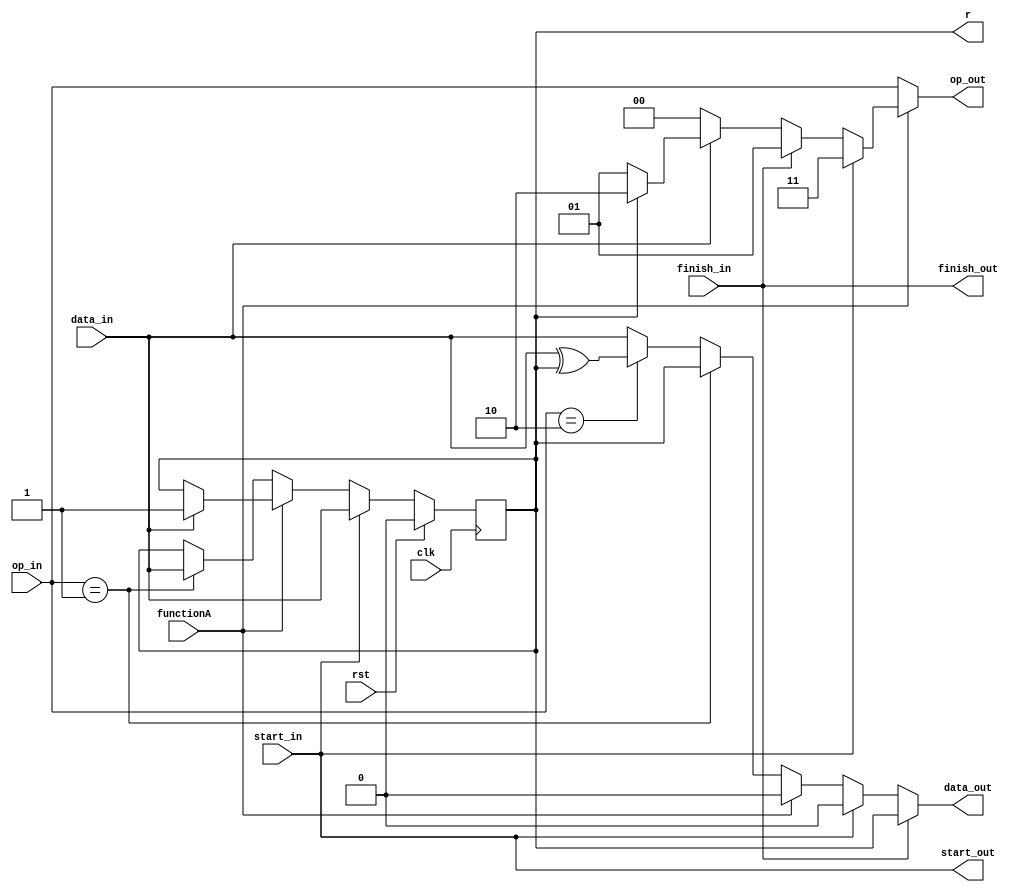

/*
 * This file is a sub module, processor_AB.
 * 
 * Copyright (C) 2016
 *          Ruben Niederhagen <ruben@polycephaly.org>
 *
 * This program is free software; you can redistribute it and/or modify
 * it under the terms of the GNU General Public License as published by
 * the Free Software Foundation; either version 3 of the License, or
 * (at your option) any later version.
 *
 * This program is distributed in the hope that it will be useful,
 * but WITHOUT ANY WARRANTY; without even the implied warranty of
 * MERCHANTABILITY or FITNESS FOR A PARTICULAR PURPOSE.  See the
 * GNU General Public License for more details.
 *
 * You should have received a copy of the GNU General Public License
 * along with this program; if not, write to the Free Software Foundation,
 * Inc., 51 Franklin Street, Fifth Floor, Boston, MA 02110-1301  USA
 *
*/

module processor_AB (
  input  wire       functionA,
  input  wire       clk,
  input  wire       rst,
  input  wire       data_in,
  input  wire       start_in,
  input  wire       finish_in,
  output wire       finish_out,
  input  wire [1:0] op_in,
  output wire [1:0] op_out,
  output wire       start_out,
  output wire       data_out,
  output reg        r
);

  wire r_reg;
 
  always @(posedge clk) begin
    if(rst) begin
      r <= 0;
    end
    else begin
      r <= r_reg;
    end
  end

  assign start_out  = start_in;
  assign finish_out = finish_in;

  assign data_out = finish_in      ? r :
                   (start_in       ? 1'b0 : 
                   (functionA      ? 1'b0 :
                   (op_in == 2'b01 ? r : 
                   (op_in == 2'b10 ? (data_in ^ r) : 
                   data_in))));

  assign r_reg = start_in       ? data_in :
                (functionA      ? ((data_in==0) ? r : 1'b1) :
                (op_in == 2'b01 ? data_in :
                 r));

  assign op_out =  (!functionA) ? op_in : 
                  (start_in     ? 2'b11 : 
                  (finish_in    ? 2'b01 :
                  ((data_in==0) ? 2'b00 : 
                  ((r==0)       ? 2'b01 : 2'b10))));

endmodule